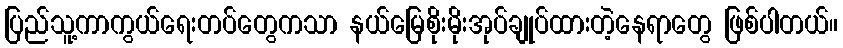
ပြည်သူ့ကာကွယ်ရေးတပ်တွေကသာ နယ်မြေစိုးမိုးအုပ်ချုပ်ထားတဲ့နေရာတွေ ဖြစ်ပါတယ်။